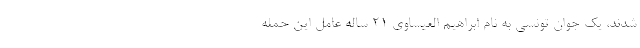
شدند، یک جوان تونسی به نام ابراهیم العیساوی ۲۱ ساله عامل این حمله